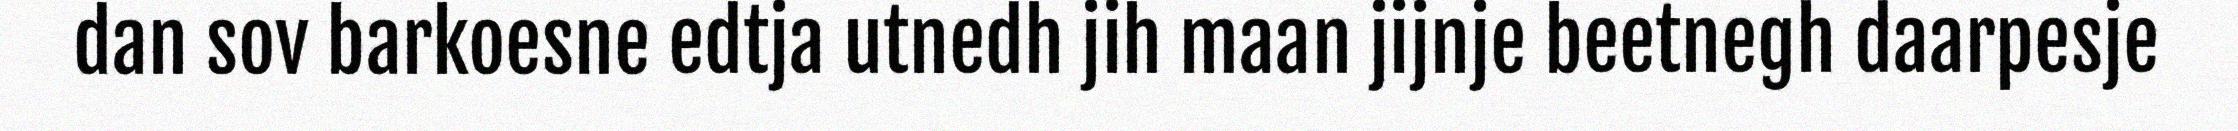
dan sov barkoesne edtja utnedh jih maan jijnje beetnegh daarpesje